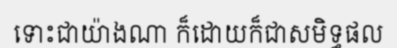
ទោះជាយ៉ាងណា ក៏ដោយក៏ជាសមិទ្ធផល